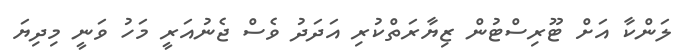
ލަންކާ އަށް ޓޫރިސްޓުން ޒިޔާރަތްކުރި އަދަދު ވެސް ޖެނުއަރީ މަހު ވަނީ މިދިޔަ